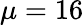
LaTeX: \mu=16